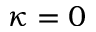
\kappa = 0